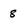
Character: 8